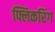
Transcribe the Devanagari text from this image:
फ्लिकरिंग